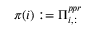
\pi ( i ) : = \Pi _ { i , : } ^ { p p r }